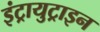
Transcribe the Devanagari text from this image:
इंट्रायुट्राइन